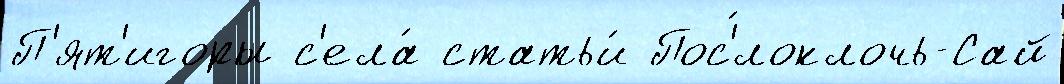
П'ят'игоры с'ела́ статьи́ Пос'́локлочь-Сай